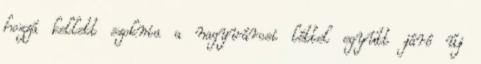
hozzá kellett szoknia a nagyvárosi léttel együtt járó új